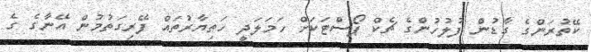
ކޭތުރަންގެ ގާޑުން ފުލުހުންގެ ޗެކް ޕޯސްޓަކަށް ހަމަލަދީ ހަތިޔާރުތައް ފޭރިގަތުމުން އޭނާގެ ގެ